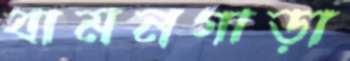
বামনগাড়া